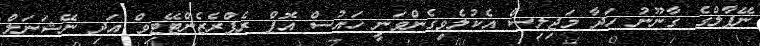
ނޭޕާލްގެ ގާނޫނު ހަދާ މަޖިލިސް އެކުލެވިގެންވަނީ ހައުސް އޮފް ރެޕްރެޒެންޓޭޓިވް އަދި ނޭޝަނަލް